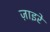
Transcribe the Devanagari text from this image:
ज़ाइरे